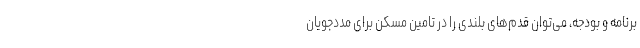
برنامه و بودجه، می‌توان قدم‌های بلندی را در تامین مسکن برای مددجویان